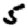
Digit: 5